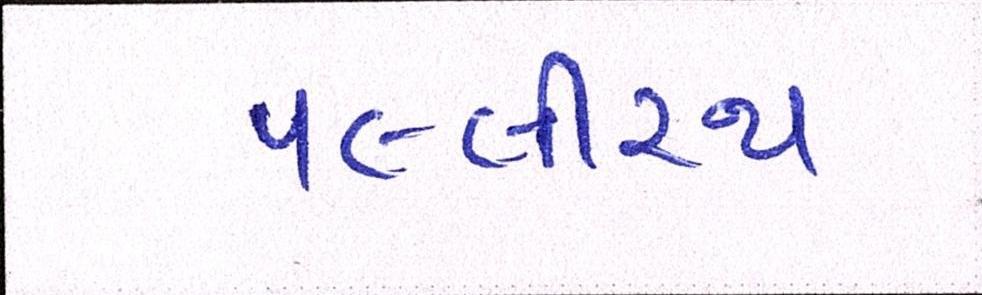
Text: પલ્લીરથ